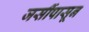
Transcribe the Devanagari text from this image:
जर्सीपासून